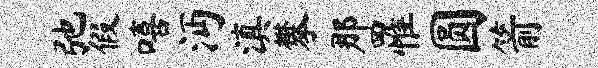
弛假嘻沔滇攀那罹圆箭